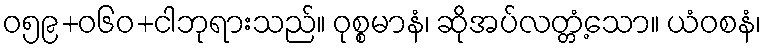
ဝ၅၉+၀၆ဝ+ငါဘုရားသည်။ ဝုစ္စမာနံ၊ ဆိုအပ်လတ္တံ့သော။ ယံဝစနံ၊